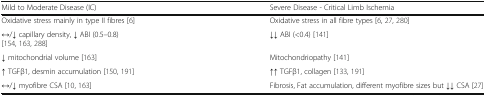
<table><thead><tr><td><b>Mild to Moderate Disease (IC)</b></td><td><b>Severe Disease - Critical Limb Ischemia</b></td></tr></thead><tbody><tr><td>Oxidative stress mainly in type II fibres [6]</td><td>Oxidative stress in all fibre types [6, 27, 280]</td></tr><tr><td>↔/↓ capillary density, ↓ ABI (0.5–0.8)[154, 163, 288]</td><td>↓↓ ABI (&lt;0.4) [141]</td></tr><tr><td>↓ mitochondrial volume [163]</td><td>Mitochondriopathy [141]</td></tr><tr><td>↑ TGFβ1, desmin accumulation [150, 191]</td><td>↑↑ TGFβ1, collagen [133, 191]</td></tr><tr><td>↔/↓ myofibre CSA [10, 163]</td><td>Fibrosis, Fat accumulation, different myofibre sizes but ↓↓ CSA [27]</td></tr></tbody></table>